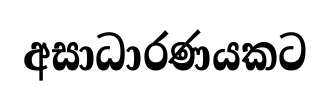
අසාධාරණයකට